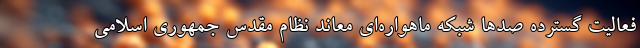
فعالیت گسترده صدها شبکه ماهواره‌ای معاند نظام مقدس جمهوری اسلامی